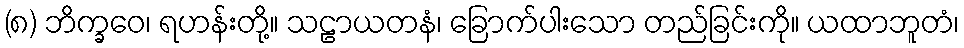
(၈) ဘိက္ခဝေ၊ ရဟန်းတို့။ သဠာယတနံ၊ ခြောက်ပါးသော တည်ခြင်းကို။ ယထာဘူတံ၊